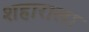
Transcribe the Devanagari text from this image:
शहाराला